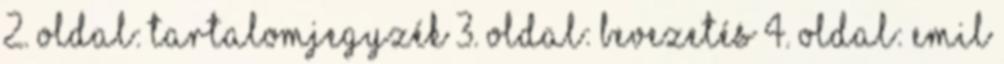
2. oldal: Tartalomjegyzék 3. oldal: Bevezetés 4. oldal: Emil